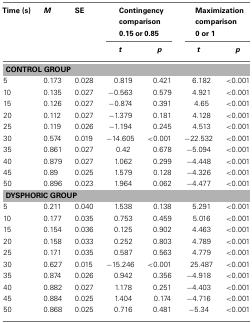
<table><thead><tr><td><b>Time (s)</b></td><td><b><i>M</i></b></td><td><b>SE</b></td><td colspan="2"><b>Contingency comparison0.15 or 0.85</b></td><td colspan="2"><b>Maximization comparison0 or 1</b></td></tr><tr><td></td><td></td><td></td><td><b><i>t</i></b></td><td><b><i>p</i></b></td><td><b><i>t</i></b></td><td><b><i>p</i></b></td></tr></thead><tbody><tr><td colspan="7"><b>CONTROL GROUP</b></td></tr><tr><td>5</td><td>0.173</td><td>0.028</td><td>0.819</td><td>0.421</td><td>6.182</td><td>&lt;0.001</td></tr><tr><td>10</td><td>0.135</td><td>0.027</td><td>−0.563</td><td>0.579</td><td>4.921</td><td>&lt;0.001</td></tr><tr><td>15</td><td>0.126</td><td>0.027</td><td>−0.874</td><td>0.391</td><td>4.65</td><td>&lt;0.001</td></tr><tr><td>20</td><td>0.112</td><td>0.027</td><td>−1.379</td><td>0.181</td><td>4.128</td><td>&lt;0.001</td></tr><tr><td>25</td><td>0.119</td><td>0.026</td><td>−1.194</td><td>0.245</td><td>4.513</td><td>&lt;0.001</td></tr><tr><td>30</td><td>0.574</td><td>0.019</td><td>−14.605</td><td>&lt;0.001</td><td>−22.532</td><td>&lt;0.001</td></tr><tr><td>35</td><td>0.861</td><td>0.027</td><td>0.42</td><td>0.678</td><td>−5.094</td><td>&lt;0.001</td></tr><tr><td>40</td><td>0.879</td><td>0.027</td><td>1.062</td><td>0.299</td><td>−4.448</td><td>&lt;0.001</td></tr><tr><td>45</td><td>0.89</td><td>0.025</td><td>1.579</td><td>0.128</td><td>−4.326</td><td>&lt;0.001</td></tr><tr><td>50</td><td>0.896</td><td>0.023</td><td>1.964</td><td>0.062</td><td>−4.477</td><td>&lt;0.001</td></tr><tr><td colspan="7"><b>DYSPHORIC GROUP</b></td></tr><tr><td>5</td><td>0.211</td><td>0.040</td><td>1.538</td><td>0.138</td><td>5.291</td><td>&lt;0.001</td></tr><tr><td>10</td><td>0.177</td><td>0.035</td><td>0.753</td><td>0.459</td><td>5.016</td><td>&lt;0.001</td></tr><tr><td>15</td><td>0.154</td><td>0.036</td><td>0.125</td><td>0.902</td><td>4.463</td><td>&lt;0.001</td></tr><tr><td>20</td><td>0.158</td><td>0.033</td><td>0.252</td><td>0.803</td><td>4.789</td><td>&lt;0.001</td></tr><tr><td>25</td><td>0.171</td><td>0.035</td><td>0.587</td><td>0.563</td><td>4.779</td><td>&lt;0.001</td></tr><tr><td>30</td><td>0.627</td><td>0.015</td><td>−15.246</td><td>&lt;0.001</td><td>25.487</td><td>&lt;0.001</td></tr><tr><td>35</td><td>0.874</td><td>0.026</td><td>0.942</td><td>0.356</td><td>−4.918</td><td>&lt;0.001</td></tr><tr><td>40</td><td>0.882</td><td>0.027</td><td>1.178</td><td>0.251</td><td>−4.403</td><td>&lt;0.001</td></tr><tr><td>45</td><td>0.884</td><td>0.025</td><td>1.404</td><td>0.174</td><td>−4.716</td><td>&lt;0.001</td></tr><tr><td>50</td><td>0.868</td><td>0.025</td><td>0.716</td><td>0.481</td><td>−5.34</td><td>&lt;0.001</td></tr></tbody></table>